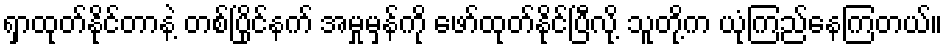
ရှာထုတ်နိုင်တာနဲ့ တစ်ပြိုင်နက် အမှုမှန်ကို ဖော်ထုတ်နိုင်ပြီလို့ သူတို့က ယုံကြည်နေကြတယ်။